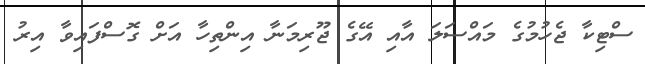
ސްޓިކާ ޖެހުމުގެ މައްސަލަ އާއި އޭގެ ޖޫރިމަނާ އިންތިހާ އަށް ގޮސްފައިވާ އިރު